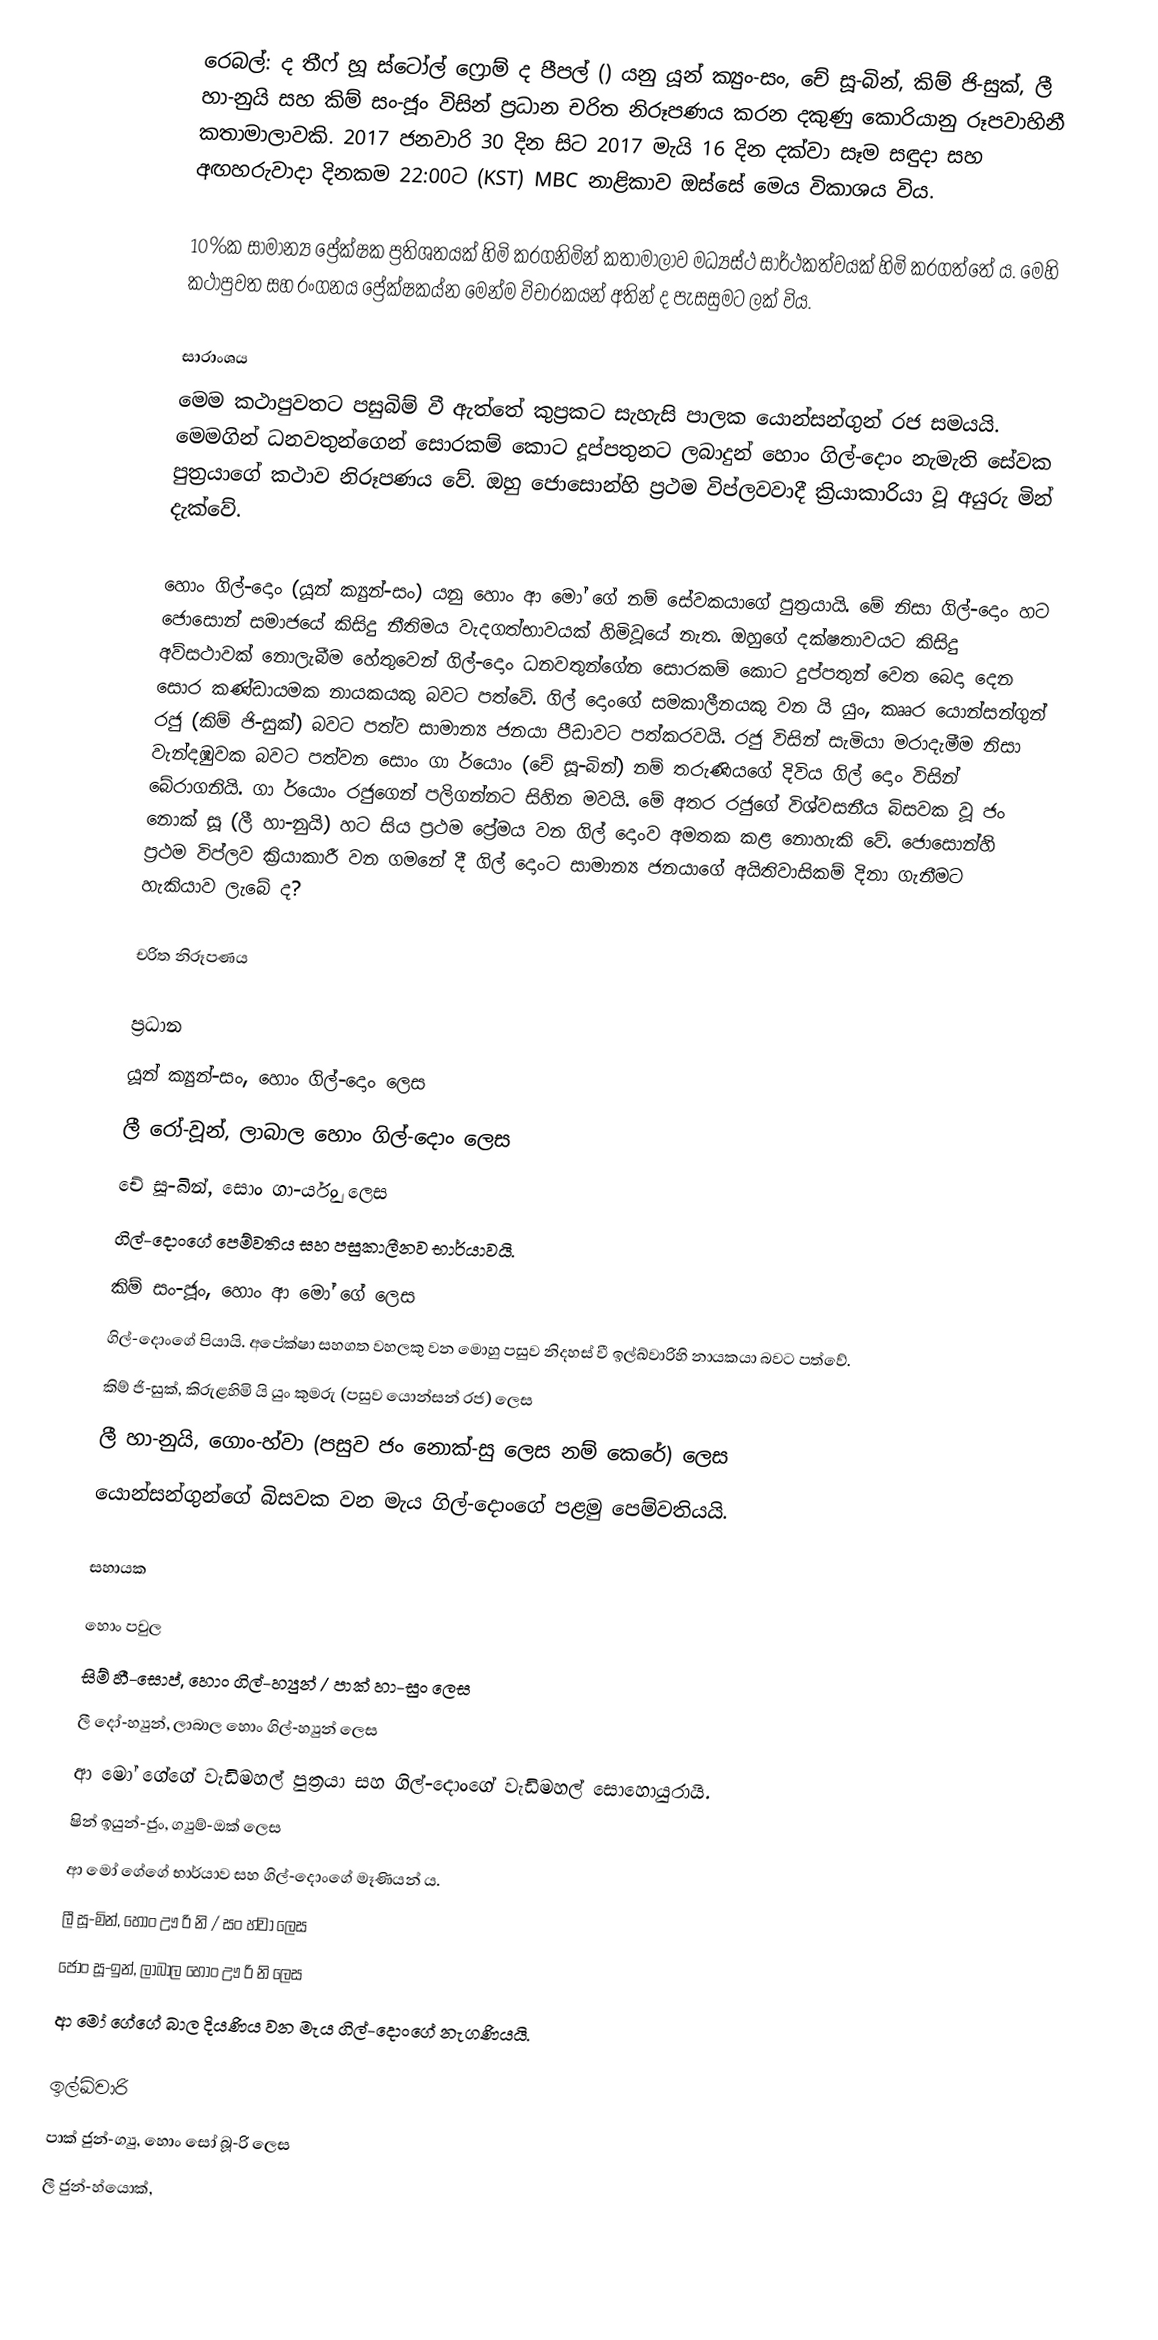
රෙබල්: ද තීෆ් හූ ස්ටෝල් ෆ්‍රොම් ද පීපල් () යනු යූන් ක්‍යුං-සං, චේ සූ-බින්, කිම් ජි-සුක්, ලී හා-නුයි සහ කිම් සං-ජූං විසින් ප්‍රධාන චරිත නිරූපණය කරන දකුණු කොරියානු රූපවාහිනී කතාමාලාවකි. 2017 ජනවාරි 30 දින සිට 2017 මැයි 16 දින දක්වා සෑම සඳුදා සහ අඟහරුවාදා දිනකම 22:00ට (KST) MBC නාළිකාව ඔස්සේ මෙය විකාශය විය.

10%ක සාමාන්‍ය ප්‍රේක්ෂක ප්‍රතිශතයක් හිමි කරගනිමින් කතාමාලාව මධ්‍යස්ථ සාර්ථකත්වයක් හිමි කරගත්තේ ය‍. මෙහි කථාපුවත සහ රංගනය ප්‍රේක්ෂකය්න මෙන්ම විචාරකයන් අතින් ද පැසසුමට ලක් විය.

සාරාංශය
මෙම කථාපුවතට පසුබිම් වී ඇත්තේ කුප්‍රකට සැහැසි පාලක යොන්සන්ගුන් රජ සමයයි. මෙමගින් ධනවතුන්ගෙන් සොරකම් කොට දූප්පතුනට ලබාදුන් හොං ගිල්-දොං නැමැති සේවක පුත්‍රයාගේ කථාව නිරූපණය වේ. ඔහු ‍ජොසොන්හි ප්‍රථම විප්ලවවාදී ක්‍රියාකාරියා වූ අයුරු මින් දැක්වේ.

හොං ගිල්-දොං (යූන් ක්‍යුන්-සං) යනු හොං ආ මෝ ‍ගේ නම් සේවකයාගේ පුත්‍රයායි. මේ නිසා ගිල්-දොං හට ජොසොන් සමාජයේ කිසිදු නීතිමය වැදගත්භාවයක් හිමිවූයේ නැත. ඔහුගේ දක්ෂතාවයට කිසිදු අව්සථාවක් නොලැබීම හේතුවෙන් ගිල්-දොං ධනවතුන්ගේන සොරකම් කොට දුප්පතුන් වෙත බෙදා දෙන සොර කණ්ඩායමක නායකයකු බවට පත්වේ. ගිල් දොංගේ සමකාලීනයකු වන යි යුං, කෲර යොන්සන්ගුන් රජු (කිම් ජි-සුක්) බවට පත්ව සාමාන්‍ය ජනයා පීඩාවට පත්කරවයි. රජු විසින් සැමියා මරාදැමීම නිසා වැන්දඹුවක බවට පත්වන සොං ගා ර්යොං (චේ සූ-බින්) නම් තරුණියගේ දිවිය ගිල් දොං විසින් බේරාගනියි. ගා ර්යොං රජුගෙන් පලිගන්නට සිහින මවයි. මේ අතර රජුගේ විශ්වසනීය බිසවක වූ ජං නොක් සූ (ලී හා-නුයි) හට සිය ප්‍රථම ප්‍රේමය වන ගිල් දොංව අමතක කළ නොහැකි වේ. ජොසොන්හි ප්‍රථම විප්ලව ක්‍රියාකාරී වන ගමනේ දී ගිල් දොංට සාමාන්‍ය ජනයාගේ අයිතිවාසිකම් දිනා ගැනීමට හැකියාව ලැබේ ද?

චරිත නිරූපණය

ප්‍රධාන
 යූන් ක්‍යුන්-සං, හොං ගිල්-දොං ලෙස
 ලී රෝ-වූන්, ලාබාල හොං ගිල්-දොං ලෙස
 චේ සූ-බින්, සොං ගා-ර්යුං ලෙස
ගිල්-දොංගේ පෙම්වතිය සහ පසුකාලීනව භාර්යාවයි.
කිම් සං-ජූං, හොං ආ මෝ ගේ ලෙස
ගිල්-දොංගේ පියායි. අපේක්ෂා සහගත වහලකු වන මොහු පසුව නිදහස් වී ඉල්ඛ්වාරිහි නායකයා බවට පත්වේ.
 කිම් ජි-සුක්, කිරුළහිමි යි යුං කුමරු (පසුව යොන්සන් රජ) ලෙස
 ලී හා-නුයි, ගොං-හ්වා (පසුව ජං නොක්-සු ලෙස නම් කෙරේ) ලෙස
යොන්සන්ගුන්ගේ බිසවක වන මැය ‍ගිල්-දොංගේ පළමු පෙම්වතියයි.

සහායක

හොං පවුල
සිම් හී-සොප්, හොං ගිල්-හ්‍යුන් / පාක් හා-සුං ලෙස
ලී දෝ-හ්‍යුන්, ලාබාල හොං ගිල්-හ්‍යුන් ලෙස
ආ මෝ ගේගේ වැඩිමහල් පුත්‍රයා සහ ගිල්-දොංගේ වැඩිමහල් සොහොයුරායි.
ෂින් ඉයුන්-ජුං, ග්‍යුම්-ඔක් ලෙස
ආ මෝ ගේගේ භාර්යාව සහ ගිල්-දොංගේ මෑණියන් ය.
ලී සූ-මින්, හොං ඌ රි නි / සං හ්වා ලෙස
ජොං සූ-ඉන්, ලාබාල හොං ඌ රි නි ලෙස
ආ මෝ ගේගේ බාල දියණිය වන මැය ගිල්-දොංගේ නැගණියයි.

ඉල්ඛ්වාරි
පාක් ජුන්-ග්‍යු, හොං සෝ බූ-රි ලෙස
ලී ජුන්-හ්යොක්,